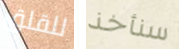
للقلق سنأخذ